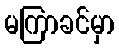
မကြာခင်မှာ